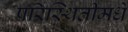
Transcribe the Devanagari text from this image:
परिस्थितीमधे